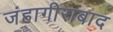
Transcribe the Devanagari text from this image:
जंहागीराबाद